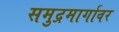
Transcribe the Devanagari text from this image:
समुद्रमार्गावर